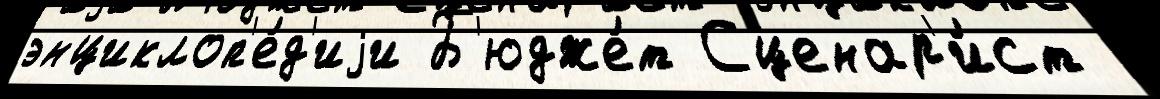
энциклоп'е́д'иjи Б'юдже́т Сценар'и́ст